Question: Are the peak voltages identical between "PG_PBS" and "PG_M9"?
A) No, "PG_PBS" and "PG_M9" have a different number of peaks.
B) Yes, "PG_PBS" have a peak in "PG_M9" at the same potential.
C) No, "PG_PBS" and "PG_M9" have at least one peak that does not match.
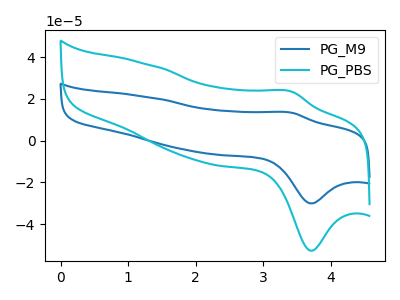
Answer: <think>The blue curve "PG_M9" has an anodic peak at (3.40V, 13.35uA) and a cathodic peak at (3.70V, -30.10uA). The cyan curve "PG_PBS" has an anodic peak at (3.40V, 23.45uA) and a cathodic peak at (3.70V, -52.80uA).</think>
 <answer>B) Yes, "PG_PBS" have a peak in "PG_M9" at the same potential.</answer>
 <eval>B</eval>